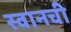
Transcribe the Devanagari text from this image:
स्वानची